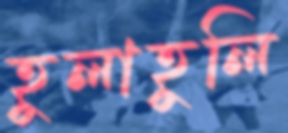
হুলাহুলি